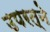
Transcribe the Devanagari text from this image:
उपरत्‍ने